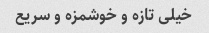
خیلی تازه و خوشمزه و سریع